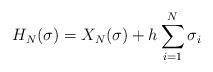
LaTeX: \begin{align*}H_N(\sigma)&=X_N(\sigma)+h\sum_{i=1}^N\sigma_i\end{align*}